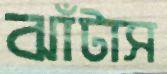
ঝাঁটাস